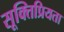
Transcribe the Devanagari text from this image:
सूक्तिप्रियता